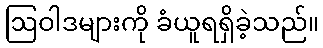
ဩဝါဒများကို ခံယူရရှိခဲ့သည်။